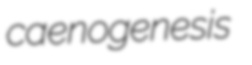
caenogenesis